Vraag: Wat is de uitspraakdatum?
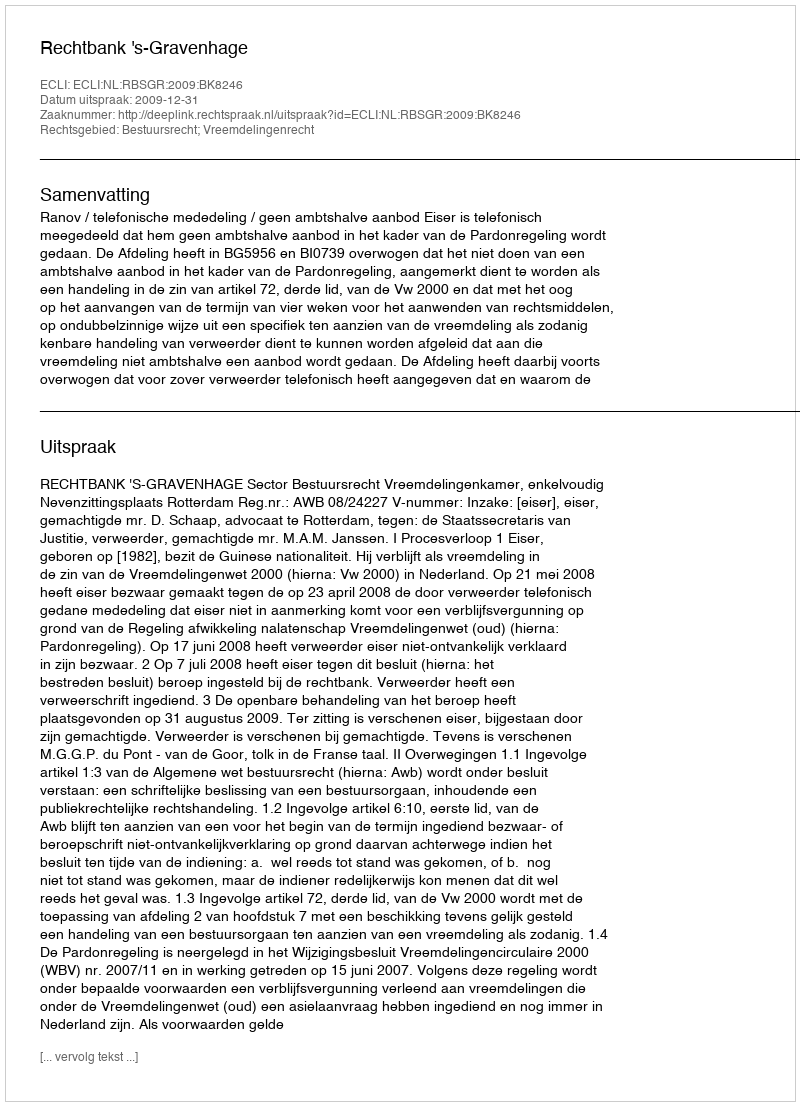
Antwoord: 2009-12-31